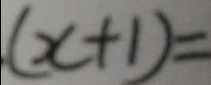
( x + 1 ) =